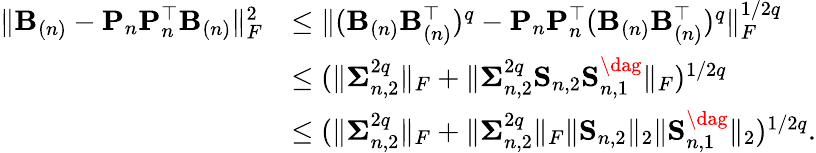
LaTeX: \begin{array}{rl}{\| \mathbf{B}_{(n)}-{\mathbf P}_{n}{\mathbf P}_{n}^{\top}\mathbf{B}_{(n)}\| _{F}^{2}}&{\leq\| (\mathbf{B}_{(n)}\mathbf{B}_{(n)}^{\top})^{q}-{\mathbf P}_{n}{\mathbf P}_{n}^{\top}(\mathbf{B}_{(n)}\mathbf{B}_{(n)}^{\top})^{q}\| _{F}^{1/2q}}\\ &{\leq(\| {\mathbf\Sigma}_{n,2}^{2q}\| _{F}+\| {\mathbf\Sigma}_{n,2}^{2q}{\mathbf S}_{n,2}{\mathbf S}_{n,1}^{\dag}\| _{F})^{1/2q}}\\ &{\leq(\| {\mathbf\Sigma}_{n,2}^{2q}\| _{F}+\| {\mathbf\Sigma}_{n,2}^{2q}\| _{F}\| {\mathbf S}_{n,2}\| _{2}\| {\mathbf S}_{n,1}^{\dag}\| _{2})^{1/2q}.}\end{array}